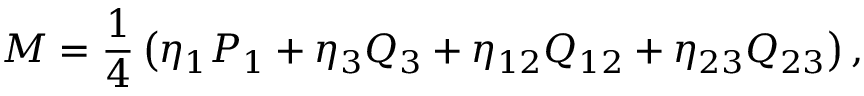
M = { \frac { 1 } { 4 } } \left( \eta _ { 1 } P _ { 1 } + \eta _ { 3 } Q _ { 3 } + \eta _ { 1 2 } Q _ { 1 2 } + \eta _ { 2 3 } Q _ { 2 3 } \right) ,